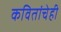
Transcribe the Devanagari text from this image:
कवितांचेही